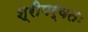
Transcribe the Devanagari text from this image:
श्रीपर्वतः